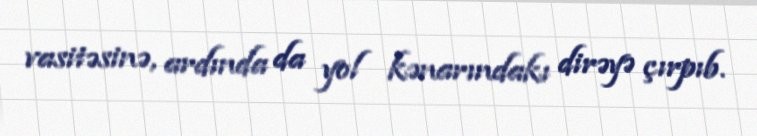
vasitəsinə, ardında da yol kənarındakı dirəyə çırpıb.